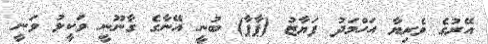
އޭރުގެ ވެރިޔާ އަހްމަދު ފަޔާޒު (ޕާޕާ) ބުނީ އޭނާގެ ގާނޫނީ ވަކީލު ވަނީ